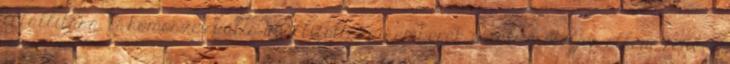
felállítása. A homoszexuális beállítottságú emberek iránti erőteljes ellenszenv; a